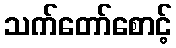
သက်တော်စောင့်